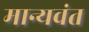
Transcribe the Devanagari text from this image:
मान्यवंत